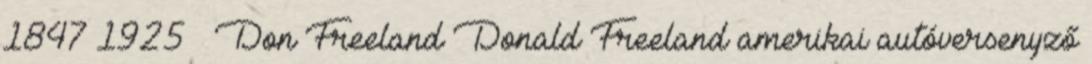
1847 1925 – Don Freeland Donald Freeland amerikai autóversenyző